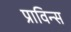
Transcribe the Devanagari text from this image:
प्राविन्स